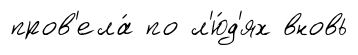
пров'ела́ по л'ю́д'ях вновь